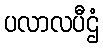
ပလာလပီဌံ